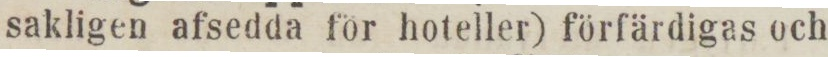
sakligen afsedda för hoteller) förfärdigas och